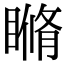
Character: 𥉈